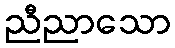
ညီညာသော